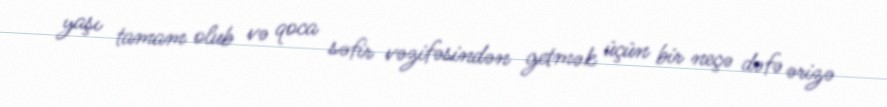
yaşı tamam olub və qoca səfir vəzifəsindən getmək üçün bir neçə dəfə ərizə